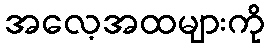
အလေ့အထများကို